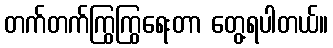
တက်တက်ကြွကြွရေးတာ တွေ့ရပါတယ်။